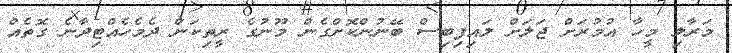
މަރާލި މީހާ އުމުރަށް ޖަލަށް ލައިފިބިސް ބޭނުންކޮށްގެން މޫނުގެ ރީތިކަން ދެމެހެއްޓިދާނެ ގޮތެއް